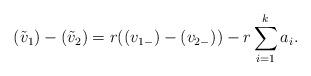
LaTeX: \begin{align*}(\tilde{v}_1)-(\tilde{v}_2)=r((v_{1-})-(v_{2-}))-r\sum_{i=1}^{k}a_i.\end{align*}